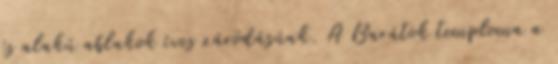
és alakú ablakok íves záródásúak. A Barátok temploma a